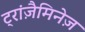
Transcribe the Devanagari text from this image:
ट्रांज़ैमिनेज़